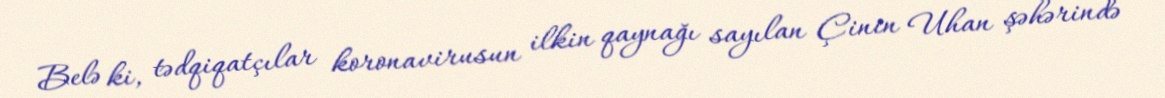
Belə ki, tədqiqatçılar koronavirusun ilkin qaynağı sayılan Çinin Uhan şəhərində